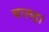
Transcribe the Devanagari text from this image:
बालड़ा